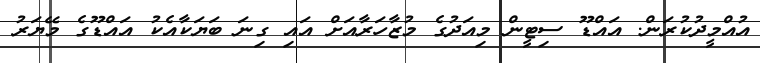
އުއްމީދުކުރަން. އައްޑޫ ސިޓީން މިއަދުގެ މުޒާހަރާއަށް އައި ގިނަ ބަޔަކާއެކު އައްޑޫގެ މޭޔަރު